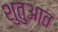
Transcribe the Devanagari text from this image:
शुतुआत